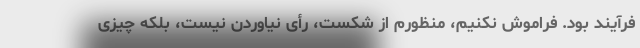
فرآیند بود. فراموش نکنیم، منظورم از شکست، رأی نیاوردن نیست، بلکه چیزی